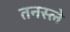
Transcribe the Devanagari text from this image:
तनस्ले